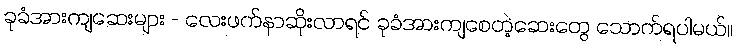
ခုခံအားကျဆေးများ - လေးဖက်နာဆိုးလာရင် ခုခံအားကျစေတဲ့ဆေးတွေ သောက်ရပါမယ်။